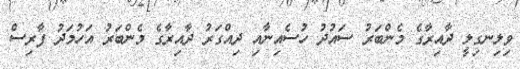
ވިލިނގިލީ ދާއިރާގެ މެންބަރު ސައުދު ހުސެއިނާއި ދިއްގަރު ދާއިރާގެ މެންބަރު އަހުމަދު ފާރިސް